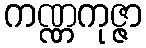
ကဏ္ဏကုဇ္ဇာ